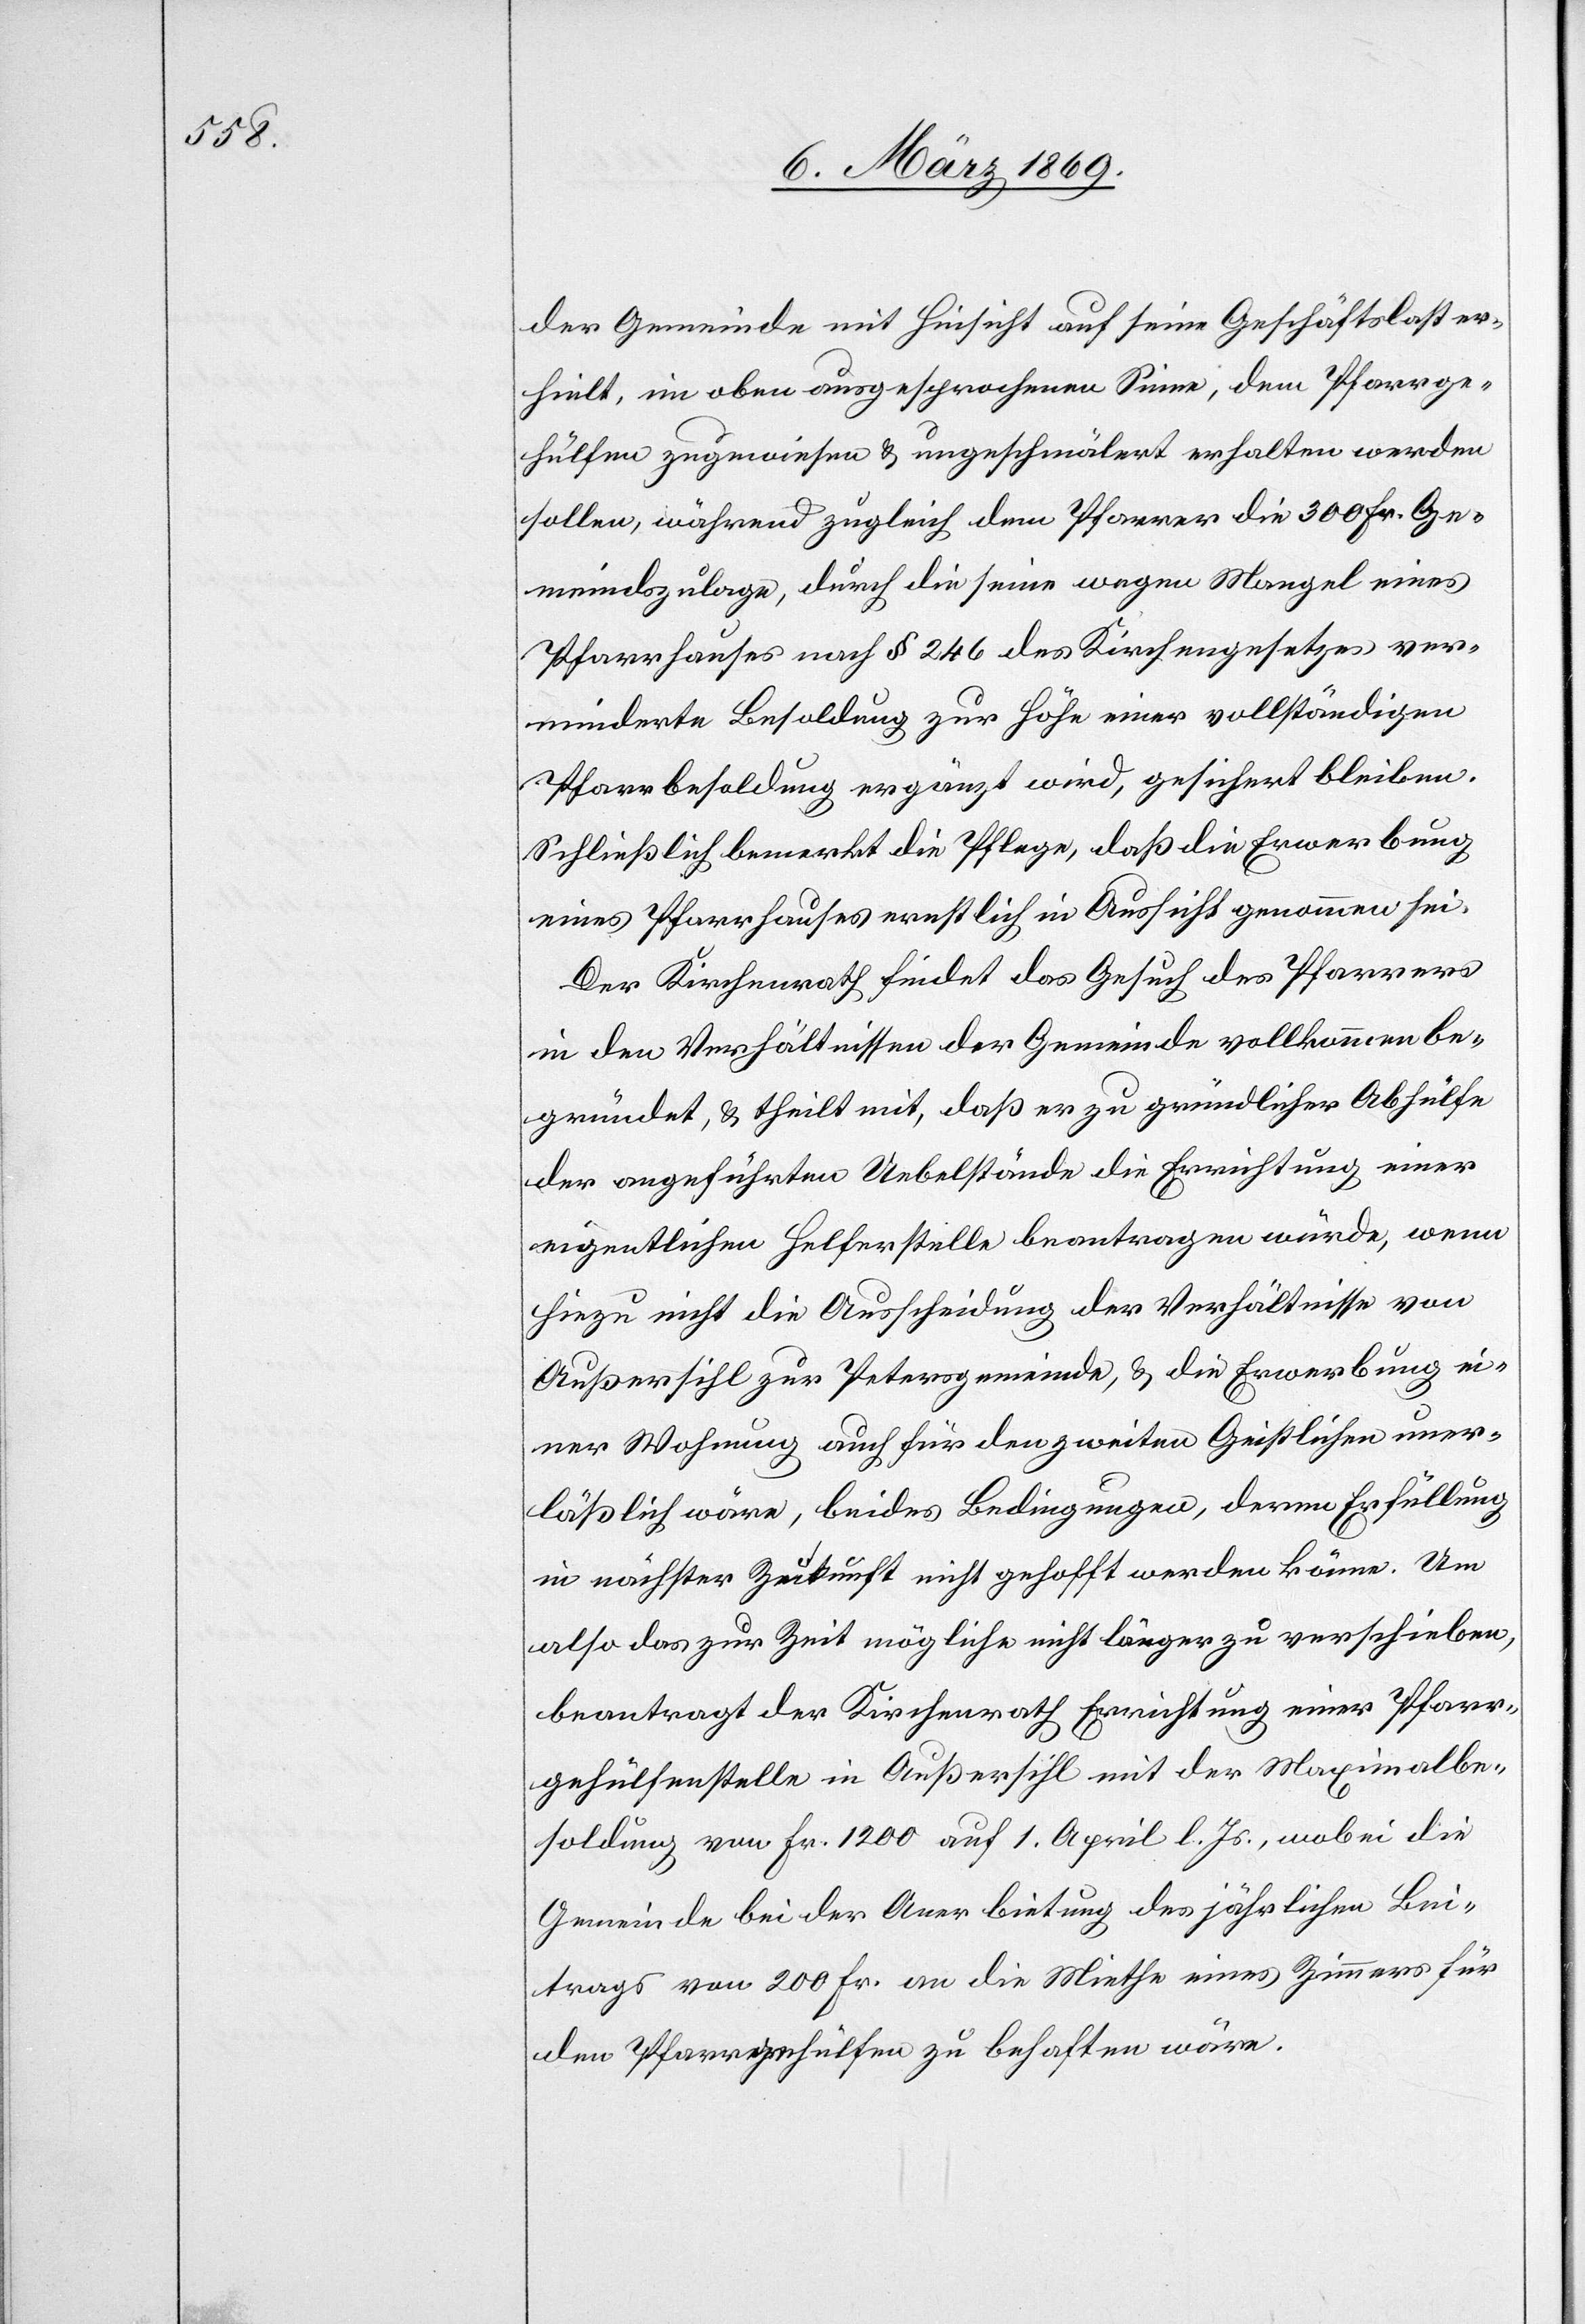
der Gemeinde mit Hinsicht auf seine Geschäftslast er¬
hielt, im oben ausgesprochenen Sinne, dem Pfarrge¬
hülfen zugewiesen & ungeschmälert erhalten werden
sollen, während zugleich dem Pfarrer die 300 Fr. Ge¬
meindszulage, durch die seine wegen Mangel eines
Pfarrhauses nach § 246 des Kirchengesetzes ver¬
minderte Besoldung zur Höhe einer vollständigen
Pfarrbesoldung ergänzt wird, gesichert bleiben.
Schließlich bemerkt die Pflege, daß die Erwerbung
eines Pfarrhauses ernstlich in Aussicht genommen sei.
Der Kirchenrath findet das Gesuch des Pfarrers
in den Verhältnissen der Gemeinde vollkommen be¬
gründet, & theilt mit, daß er zu gründlicher Abhülfe
der angeführten Uebelstände die Errichtung einer
eigentlichen Helferstelle beantragen würde, wenn
hiezu nicht die Ausscheidung der Verhältnisse von
Außersihl zur Petersgemeinde, & die Erwerbung ei¬
ner Wohnung auch für den zweiten Geistlichen uner¬
läßlich wäre, beides Bedingungen, deren Erfüllung
in nächster Zukunft nicht gehofft werden könne. Um
also das zur Zeit mögliche nicht länger zu verschieben,
beantragt der Kirchenrath Errichtung einer Pfarr¬
gehülfenstelle in Außersihl mit der Maximalbe¬
soldung von Fr. 1200 auf 1 April l. Js., wobei die
Gemeinde bei der Anerbietung des jährlichen Bei¬
trags von 200 Frk. an die Miethe eines Zimmers für
den Pfarrgehülfen zu behaften wäre.